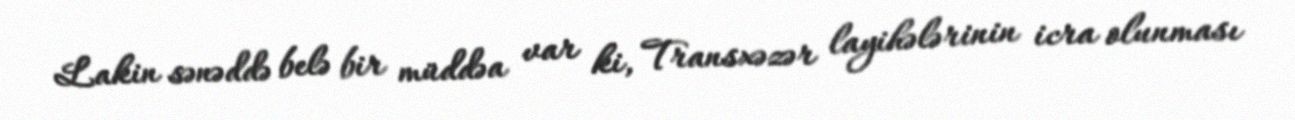
Lakin sənəddə belə bir müddəa var ki, Transxəzər layihələrinin icra olunması